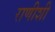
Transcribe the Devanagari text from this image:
राणीशी